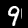
Label: 9